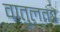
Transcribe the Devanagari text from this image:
वातुलतंत्र